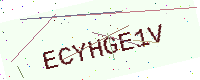
Text: ECYHGE1V